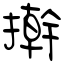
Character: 擀